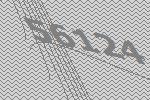
56124